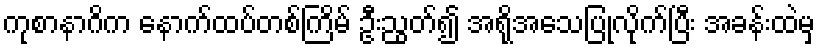
ကုစာနာဂိက နောက်ထပ်တစ်ကြိမ် ဦးညွတ်၍ အရိုအသေပြုလိုက်ပြီး အခန်းထဲမှ